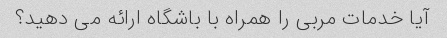
آیا خدمات مربی را همراه با باشگاه ارائه می دهید؟